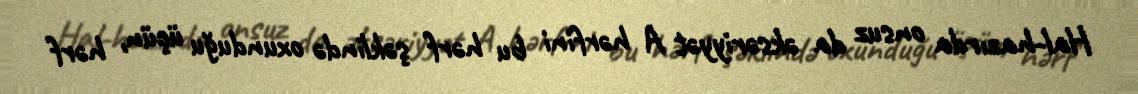
Hal-hazırda onsuz da əksəriyyət A hərfini bu hərf şəklində oxunduğu üçün, hərf